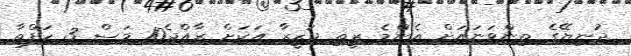
ދުނިޔޭގެ ތިންވަނައަށް އެންމެ ރީތި ޖަޒީރާ އަކަށް ރާއްޖެ10 މަސް 3 ހަފްތާ